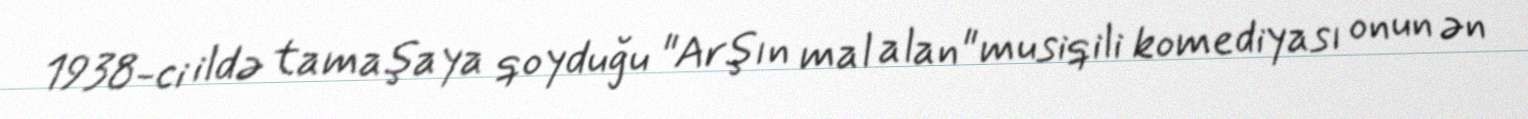
1938-ci ildə tamaşaya qoyduğu "Arşın mal alan" musiqili komediyası onun ən